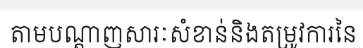
តាមបណ្តាញសារៈសំខាន់និងតម្រូវការនៃ